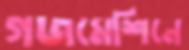
গজমেশিনে